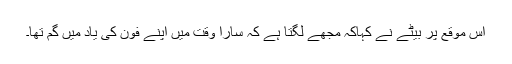
اس موقع پر بیٹے نے کہاکہ مجھے لگتا ہے کہ سارا وقت میں اپنے فون کی یاد میں گم تھا۔